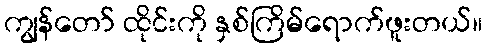
ကျွန်တော် ထိုင်းကို နှစ်ကြိမ်ရောက်ဖူးတယ်။